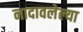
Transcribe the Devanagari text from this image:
नादावलेल्या